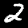
Label: 2